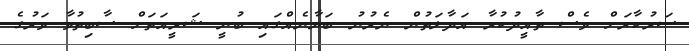
ސަރުކާރަށް ވެސް ތާއީދުކުރާ އަދާލަތުން ނެރުނު ބަޔާނެއްގައި ބުނީ ޝަރީއަތަށް ސާބިތުވާ ވަރުގެ